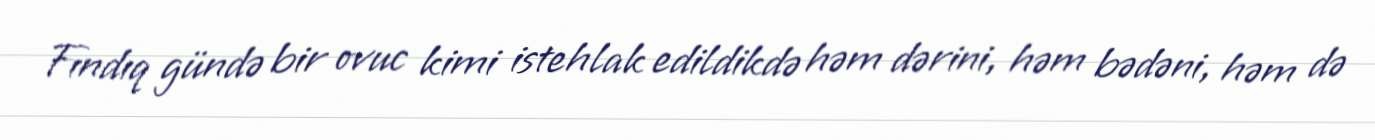
Fındıq gündə bir ovuc kimi istehlak edildikdə həm dərini, həm bədəni, həm də